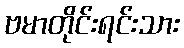
ဗမာတိုင်းရင်းသား